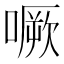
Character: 噘